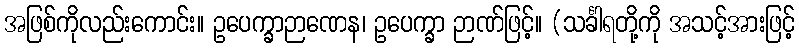
အဖြစ်ကိုလည်းကောင်း။ ဥပေက္ခာဉာဏေန၊ ဥပေက္ခာ ဉာဏ်ဖြင့်။ (သင်္ခါရတို့ကို အသင့်အားဖြင့်